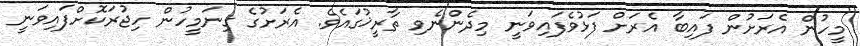
މީހުން އެރަށުން ފައިބާ އެރަށް ފަޅުވެފައިވަނީ މިދެންނެވި ތާރީޚުގައެވެ. އެރަށުގެ ގިނަމީހުން ހިޖުރަކޮށްފައިވަނީ